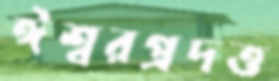
ঈশ্বরপ্রদত্ত